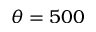
\theta = 5 0 0